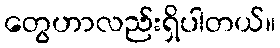
တွေဟာလည်းရှိပါတယ်။